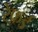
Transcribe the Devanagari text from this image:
रेफ़र्ड